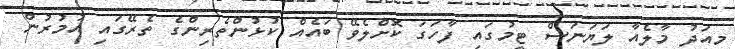
މިއަދު މާލެއާ ލަޔަނަސް ޓީމުގައި ފާހަގަ ކޮށްލެވޭ ބައެއް ކުޅުންތެރިންގެ ތެރޭގައި އުމުރުން